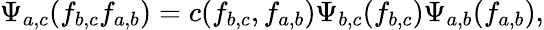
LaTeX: \Psi_{a,c}(f_{b,c}f_{a,b})=c(f_{b,c},f_{a,b})\Psi_{b,c}(f_{b,c})\Psi_{a,b}(f_{a,b}),